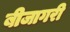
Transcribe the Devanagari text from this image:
बीजागरी